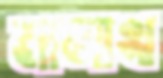
মালাখ